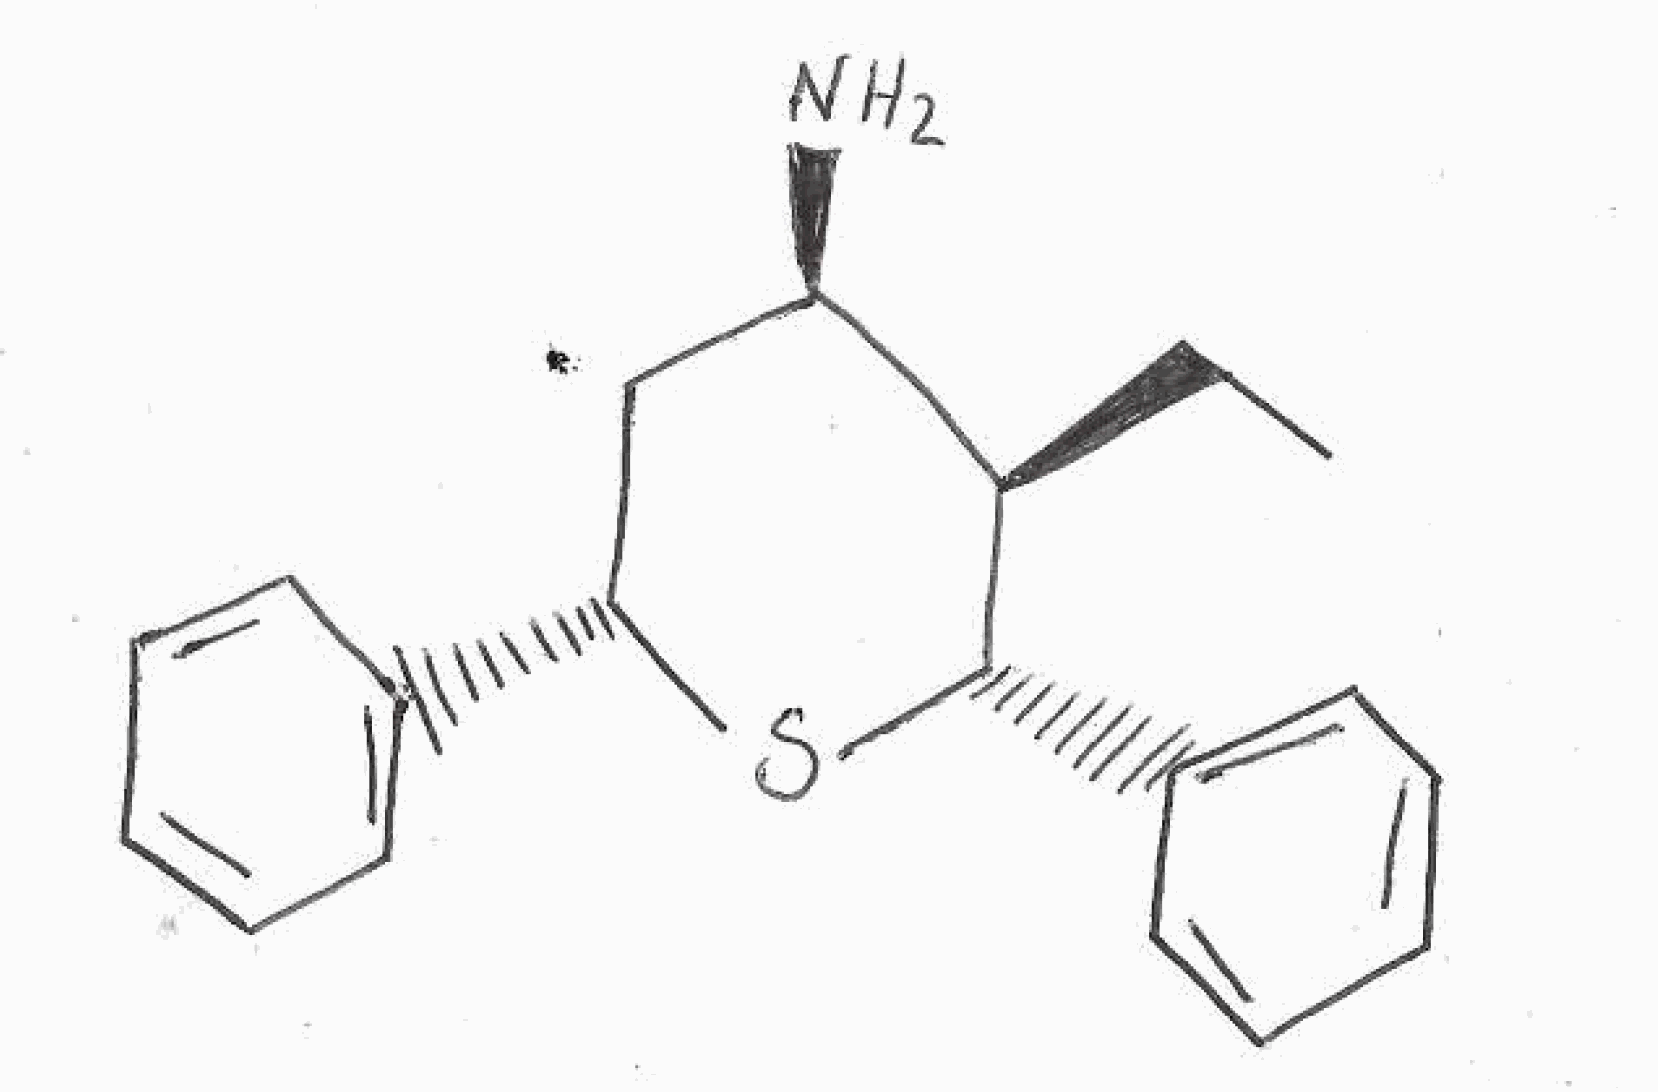
Simplified molecular-input line-entry system (SMILES) notation of the given molecule:
CC[C@@H]1[C@@H](C[C@H](S[C@H]1C2=CC=CC=C2)C3=CC=CC=C3)N